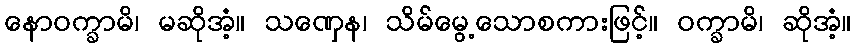
နောဝက္ခာမိ၊ မဆိုအံ့။ သဏှေန၊ သိမ်မွေ့သောစကားဖြင့်။ ဝက္ခာမိ၊ ဆိုအံ့။